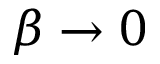
\beta \to 0